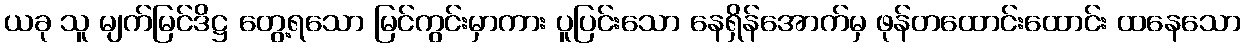
ယခု သူ မျက်မြင်ဒိဋ္ဌ တွေ့ရသော မြင်ကွင်းမှာကား ပူပြင်းသော နေရှိန်အောက်မှ ဖုန်တထောင်းထောင်း ထနေသော